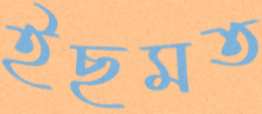
ইছমত